Treatise on elephants
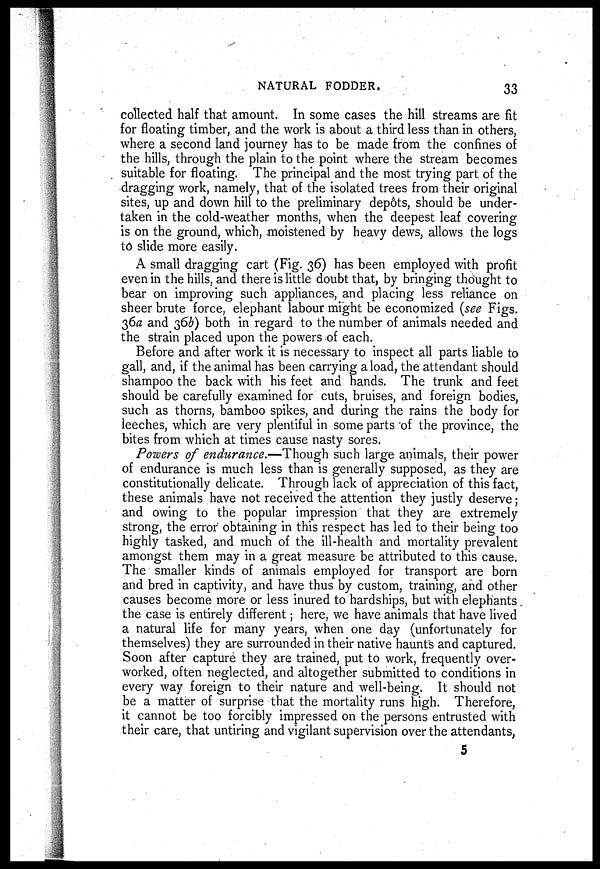
NATURAL FODDER.
33
collected half that amount. In some cases the hill streams are fit
for floating timber, and the work is about a third less than in others,
where a second land journey has to be made from the confines of
the hills, through the plain to the point where the stream becomes
suitable for floating. The principal and the most trying part of the
dragging work, namely, that of the isolated trees from their original
sites, up and down hill to the preliminary depôts, should be under-
taken in the cold-weather months, when the deepest leaf covering
is on the ground, which, moistened by heavy dews, allows the logs
to slide more easily.
A small dragging cart (Fig. 36) has been employed with profit
even in the hills, and there is little doubt that, by bringing thought to
bear on improving such appliances, and placing less reliance on
sheer brute force, elephant labour might be economized (see Figs.
36a and 36b) both in regard to the number of animals needed and
the strain placed upon the powers of each.
Before and after work it is necessary to inspect all parts liable to
gall, and, if the animal has been carrying a load, the attendant should
shampoo the back with his feet and hands. The trunk and feet
should be carefully examined for cuts, bruises, and foreign bodies,
such as thorns, bamboo spikes, and during the rains the body for
leeches, which are very plentiful in some parts of the province, the
bites from which at times cause nasty sores.
Powers of endurance.—Though such large animals, their power
of endurance is much less than is generally supposed, as they are
constitutionally delicate. Through lack of appreciation of this fact,
these animals have not received the attention they justly deserve;
and owing to the popular impression that they are extremely
strong, the error obtaining in this respect has led to their being too
highly tasked, and much of the ill-health and mortality prevalent
amongst them may in a great measure be attributed to this cause.
The smaller kinds of animals employed for transport are born
and bred in captivity, and have thus by custom, training, and other
causes become more or less inured to hardships, but with elephants
the case is entirely different; here, we have animals that have lived
a natural life for many years, when one day (unfortunately for
themselves) they are surrounded in their native haunt's and captured.
Soon after capture they are trained, put to work, frequently over-
worked, often neglected, and altogether submitted to conditions in
every way foreign to their nature and well-being. It should not
be a matter of surprise that the mortality runs high. Therefore,
it cannot be too forcibly impressed on the persons entrusted with
their care, that untiring and vigilant supervision over the attendants,
5